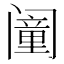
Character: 𬮸